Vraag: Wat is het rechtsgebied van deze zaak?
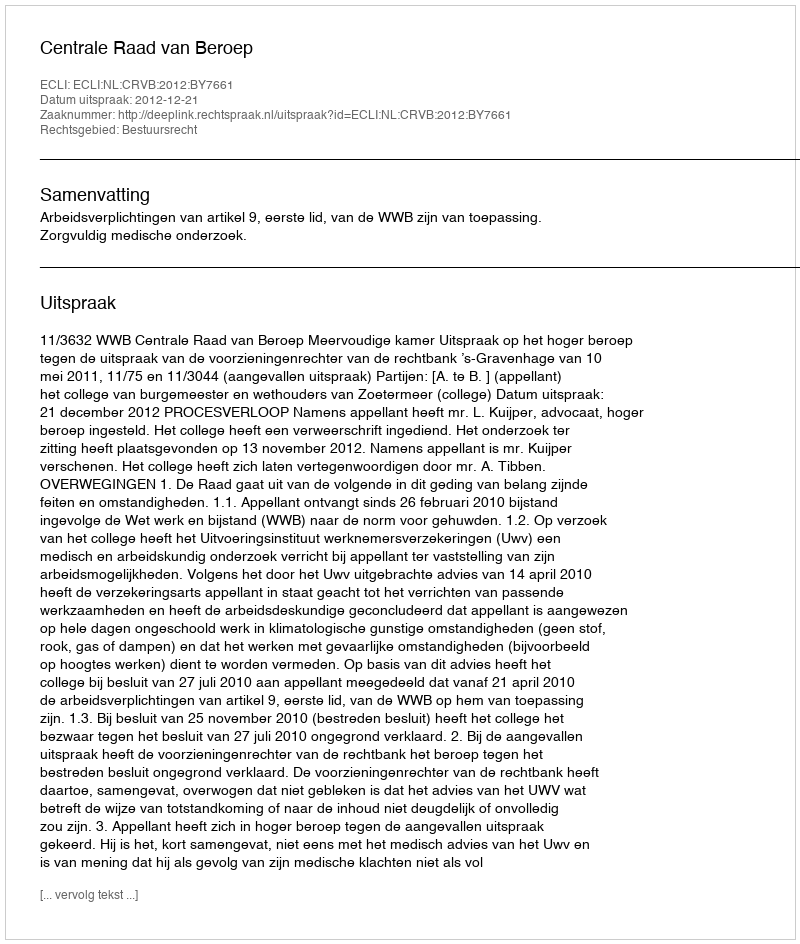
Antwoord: Bestuursrecht